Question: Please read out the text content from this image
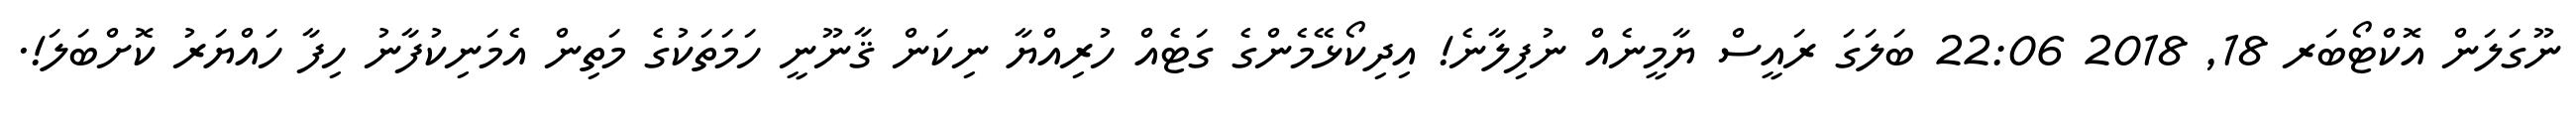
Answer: ނޫގަލަން އޮކްޓޯބަރ 18, 2018 22:06 ބަލަގަ ރައީސް ޔާމީނެއް ނުފިލާނެ! އިދިކޯޅޭމެންގެ ގަޓެއް ހުރިއްޔާ ނިކަން ޤާނޫނީ ހަމަތަކުގެ މަތިން އެމަނިކުފާނު ހިފާ ހައްޔަރު ކޮށްބަލަ!.